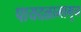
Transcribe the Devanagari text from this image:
पायदळामागून